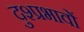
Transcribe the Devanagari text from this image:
दुश्प्रभावों